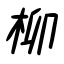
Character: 柳